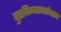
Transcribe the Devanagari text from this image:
पुरविण्याबरोबरच